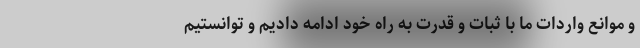
و موانع واردات ما با ثبات و قدرت به راه خود ادامه دادیم و توانستیم